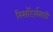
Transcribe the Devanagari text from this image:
रिसॉर्ट्ससाठी